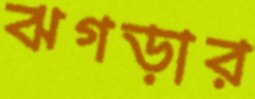
ঝগড়ার